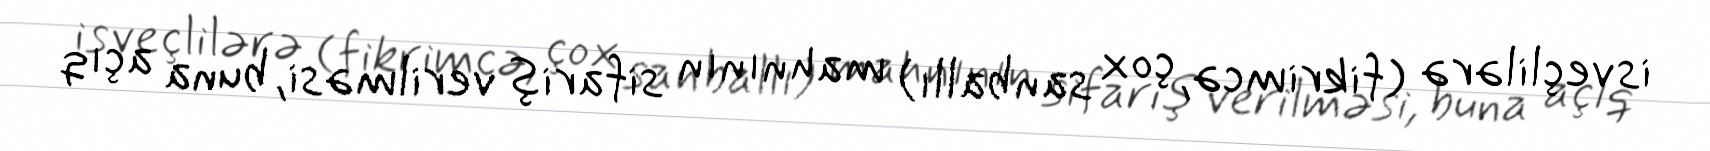
isveçlilərə (fikrimcə, çox sanballı) mahnının sifariş verilməsi, buna açıq